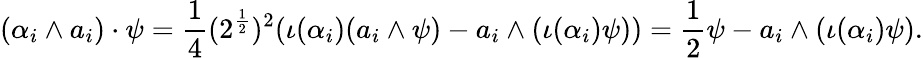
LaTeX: (\alpha_{i}\wedge a_{i})\cdot\psi={\frac{1}{4}}(2^{\frac{1}{2}})^{2}(\iota(\alpha_{i})(a_{i}\wedge\psi)-a_{i}\wedge(\iota(\alpha_{i})\psi))={\frac{1}{2}}\psi-a_{i}\wedge(\iota(\alpha_{i})\psi).